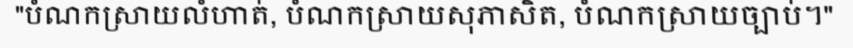
"បំណកស្រាយលំហាត់, បំណកស្រាយសុភាសិត, បំណកស្រាយច្បាប់។"